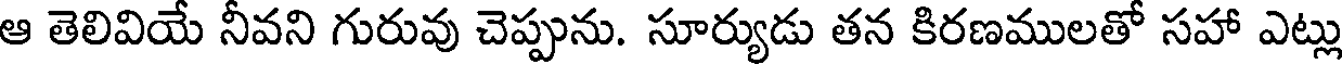
ఆ తెలివియే నీవని గురువు చెప్పును. సూర్యుడు తన కిరణములతో సహా ఎట్లు